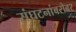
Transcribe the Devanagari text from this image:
संघटनांबरोबर